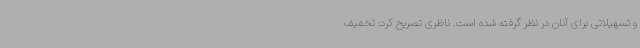
و تسهیلاتی برای آنان در نظر گرفته شده است. ناظری تصریح کرد: تخفیف